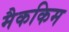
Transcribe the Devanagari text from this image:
मैककिम